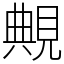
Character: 覥